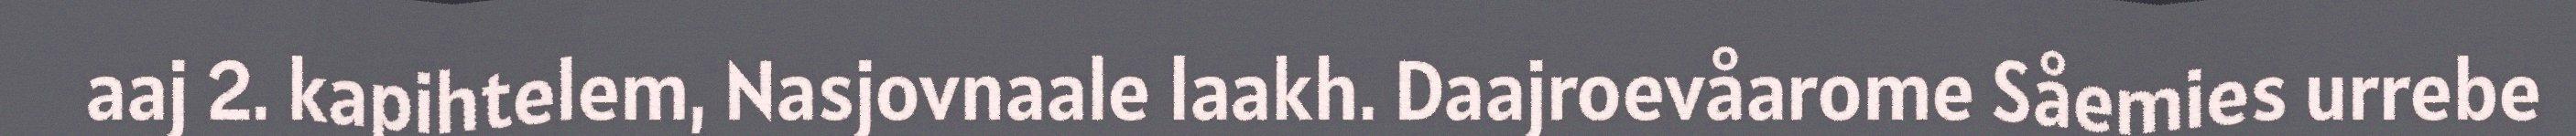
aaj 2. kapihtelem, Nasjovnaale laakh. Daajroevåarome Såemies urrebe